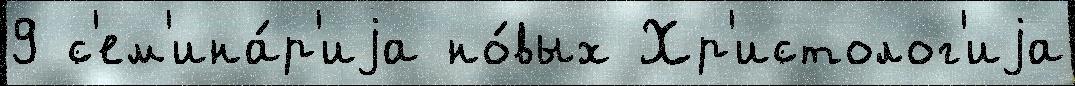
9 с'ем'ина́р'иjа но́вых Хр'истолог'иjа